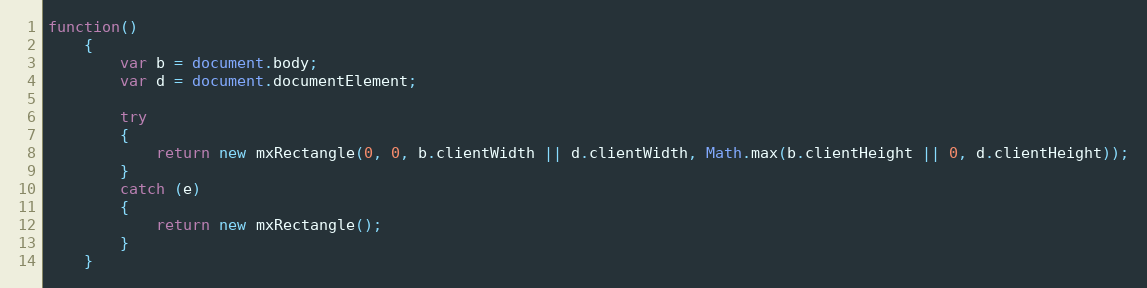
Language: JavaScript
function()
	{
		var b = document.body;
		var d = document.documentElement;

		try
		{
			return new mxRectangle(0, 0, b.clientWidth || d.clientWidth, Math.max(b.clientHeight || 0, d.clientHeight));
		}
		catch (e)
		{
			return new mxRectangle();
		}
	}